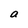
Character: a